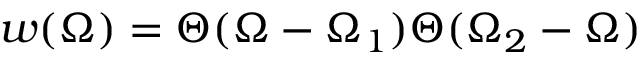
w ( \Omega ) = \Theta ( \Omega - \Omega _ { 1 } ) \Theta ( \Omega _ { 2 } - \Omega )